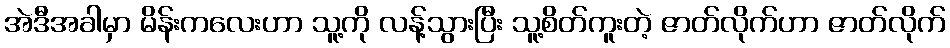
အဲဒီအခါမှာ မိန်းကလေးဟာ သူ့ကို လန့်သွားပြီး သူ့စိတ်ကူးတဲ့ ဇာတ်လိုက်ဟာ ဇာတ်လိုက်